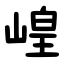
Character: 崲